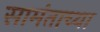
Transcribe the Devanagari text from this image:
सामंताच्या